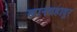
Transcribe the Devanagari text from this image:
खानबहादुर